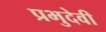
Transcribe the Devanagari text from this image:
प्रभुदेवी